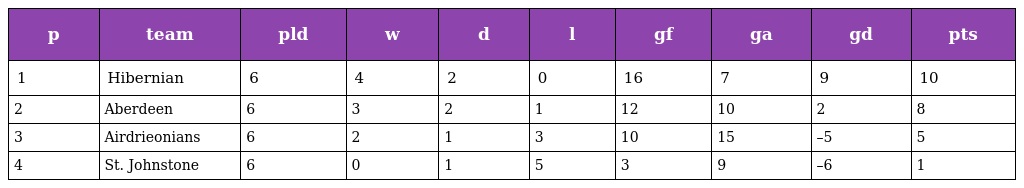
| p | team | pld | w | d | l | gf | ga | gd | pts |
 | --- | --- | --- | --- | --- | --- | --- | --- | --- | --- |
 | 1 | Hibernian | 6 | 4 | 2 | 0 | 16 | 7 | 9 | 10 |
 | 2 | Aberdeen | 6 | 3 | 2 | 1 | 12 | 10 | 2 | 8 |
 | 3 | Airdrieonians | 6 | 2 | 1 | 3 | 10 | 15 | –5 | 5 |
 | 4 | St. Johnstone | 6 | 0 | 1 | 5 | 3 | 9 | –6 | 1 |